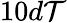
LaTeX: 10d\mathcal{T}